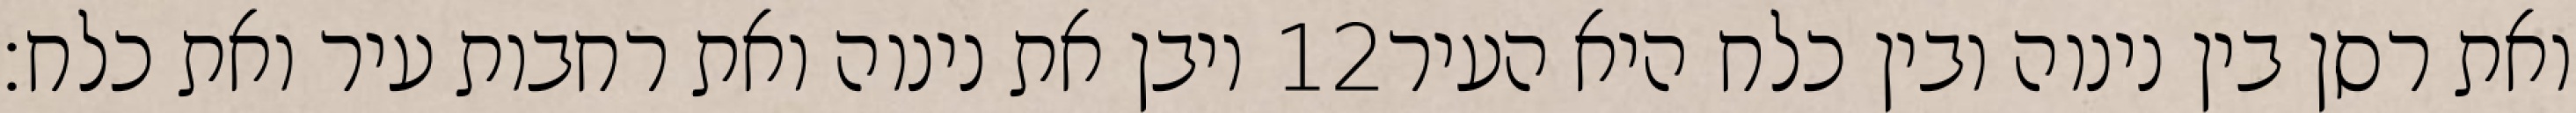
ויבן את נינוה ואת רחבות עיר ואת כלח׃ ‎12‏ ואת רסן בין נינוה ובין כלח היא העיר